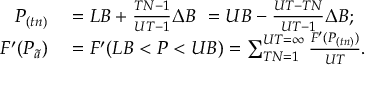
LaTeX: \begin{array} { r l } { P _ { ( t n ) } } & { { } = L B + { \frac { T N - 1 } { U T - 1 } } \Delta B \ = U B - { \frac { U T - T N } { U T - 1 } } \Delta B ; } \\ { F ^ { \prime } ( P _ { \tilde { a } } ) } & { { } = F ^ { \prime } ( L B < P < U B ) = \sum _ { T N = 1 } ^ { U T = \infty } { \frac { F ^ { \prime } ( P _ { ( t n ) } ) } { U T } } . } \end{array}